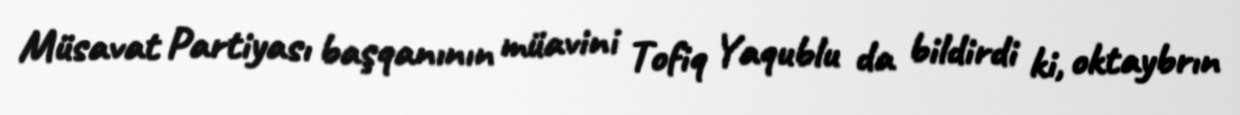
Müsavat Partiyası başqanının müavini Tofiq Yaqublu da bildirdi ki, oktaybrın